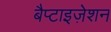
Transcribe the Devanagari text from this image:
बैप्टाइज़ेशन